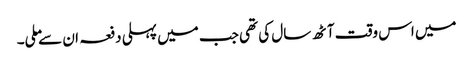
میں اس وقت آٹھ سال کی تھی جب میں پہلی دفعہ ان سے ملی۔